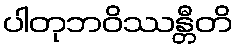
ပါတုဘဝိဿန္တီတိ